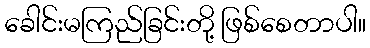
ခေါင်းမကြည်ခြင်းတို့ ဖြစ်စေတာပါ။